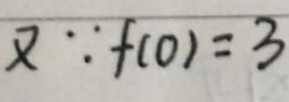
又\(\because f(0)=3\)